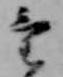
け